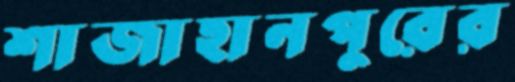
শাজাহানপুরের